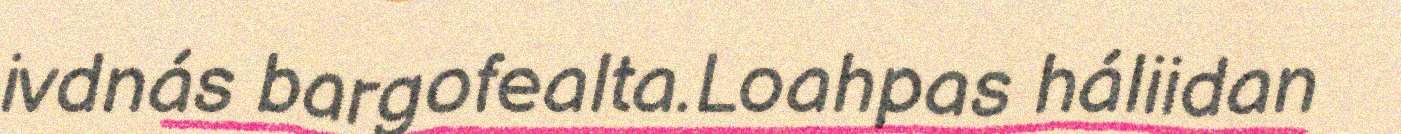
ivdnás bargofealta.Loahpas háliidan